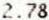
2.78